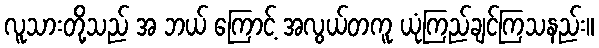
လူသားတို့သည် အ ဘယ် ကြောင့် အလွယ်တကူ ယုံကြည်ချင်ကြသနည်း။